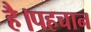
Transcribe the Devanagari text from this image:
है।पहचान